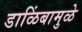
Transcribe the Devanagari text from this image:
डाळिंबामुळे